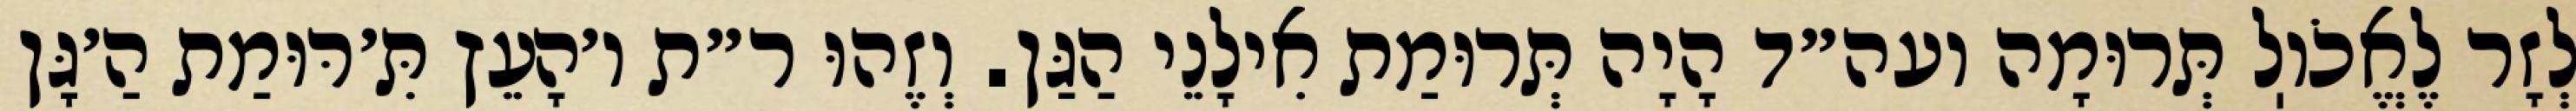
לְזָר לֶאֱכֹוֽל תְּרוּמָה ועה״ד הָיָה תְּרוּמַת אִילָנֵי הַגַּן. וְזֶהוּ ר״ת ו׳הָעֵץ תִּ׳רּוּמַת הַ׳גָּן